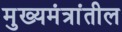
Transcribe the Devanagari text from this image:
मुख्यमंत्रांतील